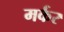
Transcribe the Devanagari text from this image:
मर्कर